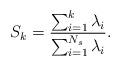
LaTeX: \begin{align*}S_k = \frac{\sum_{i=1}^k \lambda_i}{\sum_{i=1}^{N_s} \lambda_i}.\end{align*}